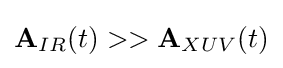
{\textbf {A}}_{IR}(t)>>{\textbf {A}}_{XUV}(t)